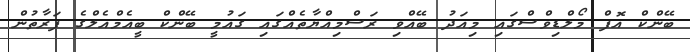
ބޭންކް އޮފް މޯލްޑިވްސްގައި މިއަދު ބޭއްވި ރަސްމިއްޔާތެއްގައި ގައުމީ ބޭންކް ބީއެމްއެލްގެ ފަރާތުން